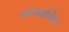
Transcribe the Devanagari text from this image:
अलसोवेरा